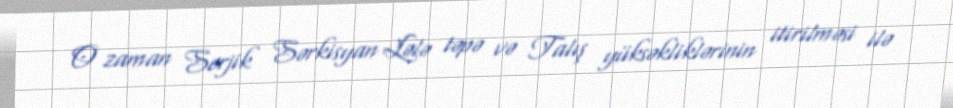
O zaman Serjik Sərkisyan Lələ təpə və Talış yüksəkliklərinin itirilməsi ilə